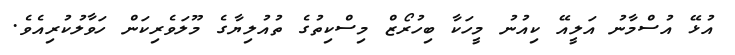
އުޅޭ އުސްމާނު އަލީއޭ ކިއުނު މީހަކާ ބިހުރޯޒް މިސްކިތުގެ ތުއުލިޔާގެ މޫލަވެރިކަން ހަވާލުކުރިއެވެ.